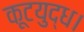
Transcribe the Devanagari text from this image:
कूटयुद्ध।